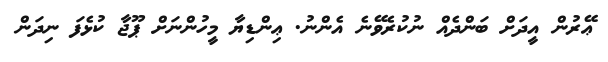
ޢޭރުން އީދަށް ބަންދެއް ނުކުރެވޭނެ އެންނު. ޢިންޑިޔާ މީހުންނަށް ޕޫޖާ ކުޅެފަ ނިދަން